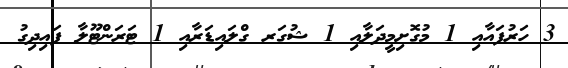
3 ހަރުފައާއި 1 މުގޮށިމީދަލާއި 1 ޝުގަރ ގްލައިޑަރާއި 1 ޓަރަންޓޫލާ ފައިދިގު